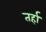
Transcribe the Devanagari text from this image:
तर्हा